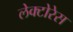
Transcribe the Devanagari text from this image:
लेक्टोरेस